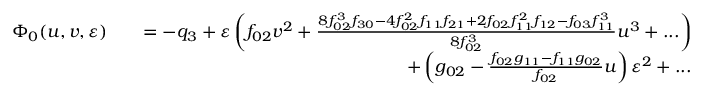
\begin{array} { r l r } { \Phi _ { 0 } ( u , v , \varepsilon ) } & { } & { = - q _ { 3 } + \varepsilon \left( f _ { 0 2 } v ^ { 2 } + \frac { 8 f _ { 0 2 } ^ { 3 } f _ { 3 0 } - 4 f _ { 0 2 } ^ { 2 } f _ { 1 1 } f _ { 2 1 } + 2 f _ { 0 2 } f _ { 1 1 } ^ { 2 } f _ { 1 2 } - f _ { 0 3 } f _ { 1 1 } ^ { 3 } } { 8 f _ { 0 2 } ^ { 3 } } u ^ { 3 } + . . . \right) } \\ & { } & { + \left( g _ { 0 2 } - \frac { f _ { 0 2 } g _ { 1 1 } - f _ { 1 1 } g _ { 0 2 } } { f _ { 0 2 } } u \right) \varepsilon ^ { 2 } + . . . } \end{array}